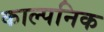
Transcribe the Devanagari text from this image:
काल्‍पनिक